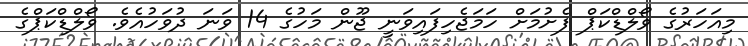
މިއަހަރުގެ ވޯލްޑްކަޕް ފެށުމަށް ހަމަޖެހިފައިވަނީ ޖޫން މަހުގެ 14 ވަނަ ދުވަހުއެވެ. ވޯލްޑްކަޕްގެ